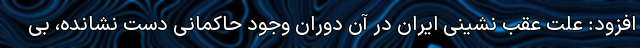
افزود: علت عقب نشینی ایران در آن دوران وجود حاکمانی دست نشانده، بی